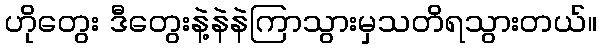
ဟိုတွေး ဒီတွေးနဲ့နဲနဲကြာသွားမှသတိရသွားတယ်။